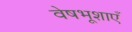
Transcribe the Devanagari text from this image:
वेषभूशाएँ